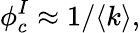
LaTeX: \phi_{c}^{I}\approx 1/\langle k\rangle,